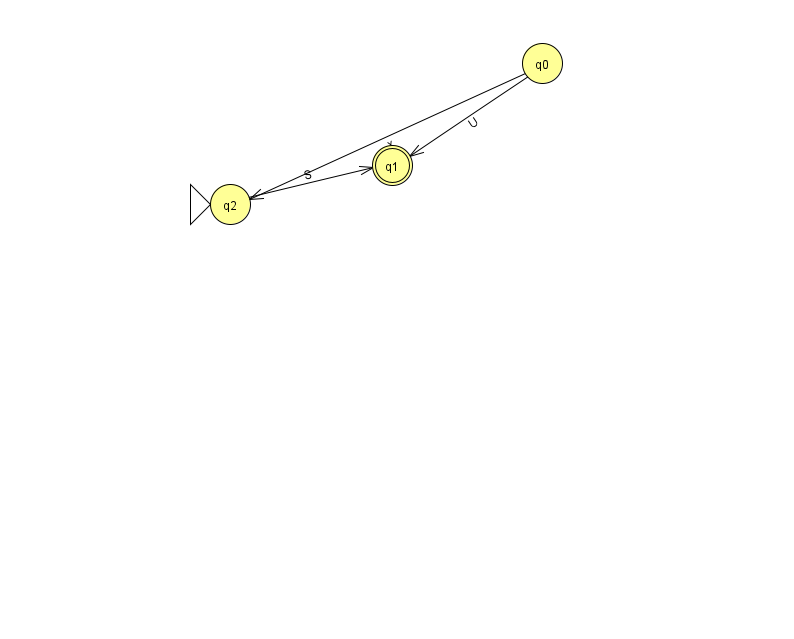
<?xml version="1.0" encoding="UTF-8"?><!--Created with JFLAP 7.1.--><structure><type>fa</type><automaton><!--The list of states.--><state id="0" name="q0"><x>542.0</x><y>50.0</y></state><state id="1" name="q1"><x>392.0</x><y>152.0</y><final/></state><state id="2" name="q2"><x>230.0</x><y>191.0</y><initial/></state><!--The list of transitions.--><transition><from>2</from><to>1</to><read>S</read></transition><transition><from>0</from><to>2</to><read>x</read></transition><transition><from>0</from><to>1</to><read>U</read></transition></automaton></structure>